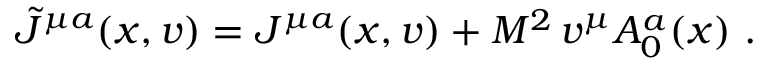
{ \tilde { \cal J } } ^ { \mu a } ( x , v ) = { \cal J } ^ { \mu a } ( x , v ) + M ^ { 2 } \, v ^ { \mu } A _ { 0 } ^ { a } ( x ) \ .